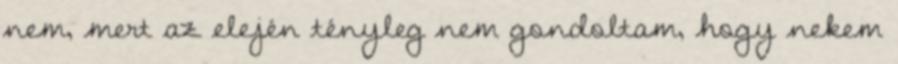
nem, mert az elején tényleg nem gondoltam, hogy nekem